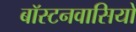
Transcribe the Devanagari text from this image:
बॉस्टनवासियों